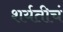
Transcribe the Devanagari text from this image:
शर्यतीचं